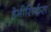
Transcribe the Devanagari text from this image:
हेमीसिर्कस